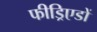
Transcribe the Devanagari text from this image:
फीड्रिएडों